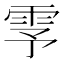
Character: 𬯺